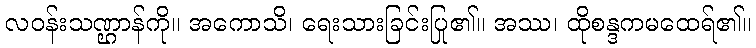
လဝန်းသဏ္ဌာန်ကို။ အကောသိ၊ ရေးသားခြင်းပြု၏။ အဿ၊ ထိုစန္ဒကမထေရ်၏။